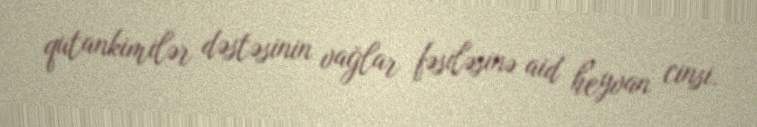
qutankimilər dəstəsinin vağlar fəsiləsinə aid heyvan cinsi.